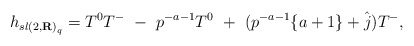
\begin{align*}h_{{sl(2,{\bf R})}_q} = T^0 T^- \ -\ p^{-a-1} T^0 \ + \ (p^{-a-1}\{ a+1\}+ \hat{j}) T^- ,\end{align*}